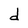
Character: d